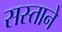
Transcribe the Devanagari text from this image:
सस्ताने